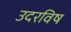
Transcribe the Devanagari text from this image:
उदरविष